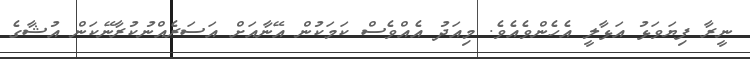
ނީރާ ފިޔަވަޅު އަޅާލީ އެހެންވެއެވެ. މިއަދު އެއްވެސް ކަމަކުން އޭނާއަށް އަސަރެއްނުކުރާނޭކަން އުޝާގެ